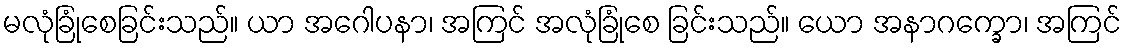
မလုံခြုံစေခြင်းသည်။ ယာ အဂေါပနာ၊ အကြင် အလုံခြုံစေ ခြင်းသည်။ ယော အနာဂက္ခော၊ အကြင်